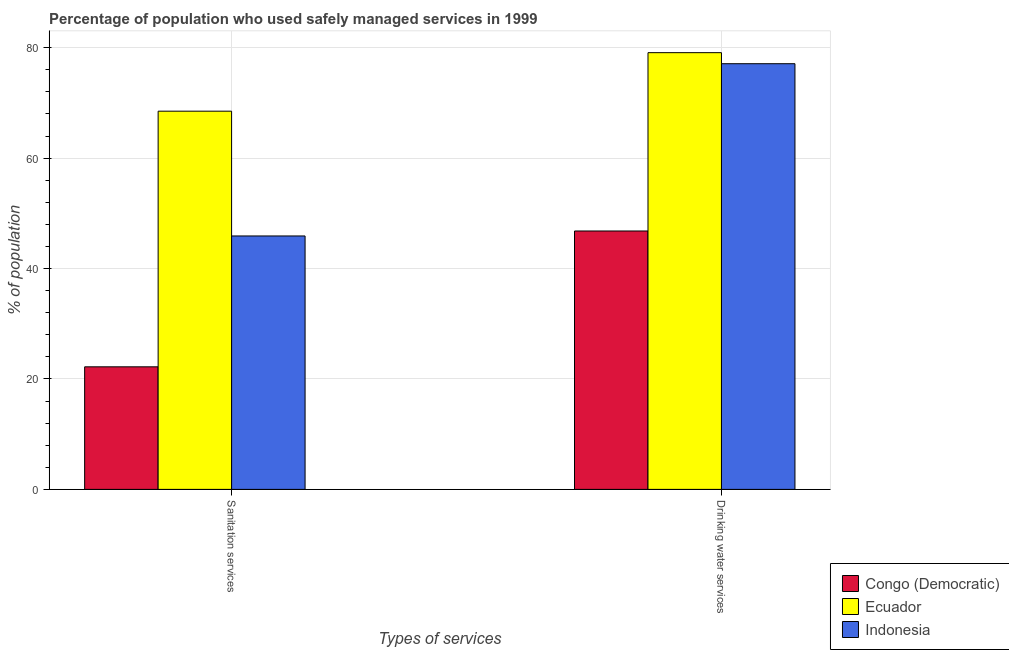
| Types of services | Congo (Democratic) | Ecuador | Indonesia |
 | --- | --- | --- | --- |
 | Sanitation services | 22.2 | 68.5 | 45.9 |
 | Drinking water services | 46.8 | 79.1 | 77.1 |